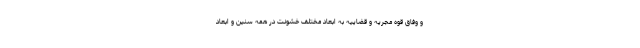
و وفاق قوه مجریه و قضاییه به ابعاد مختلف خشونت در همه سنین و ابعاد